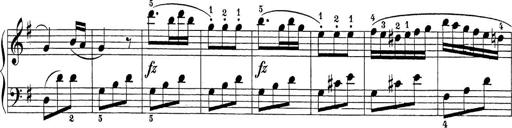
Title: Sonatina Album
Composer: Louis KÃ¶hler